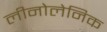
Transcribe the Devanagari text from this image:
लीनोलेनिक